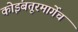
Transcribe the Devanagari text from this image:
कोइंबतूरमार्गेच